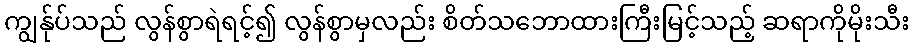
ကျွန်ုပ်သည် လွန်စွာရဲရင့်၍ လွန်စွာမှလည်း စိတ်သဘောထားကြီးမြင့်သည့် ဆရာကိုမိုးသီး